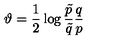
\vartheta = { \frac { 1 } { 2 } } \log { { \frac { \tilde { p } } { \tilde { q } } } { \frac { q } { p } } }